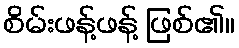
စိမ်းဖန့်ဖန့် ဖြစ်၏။